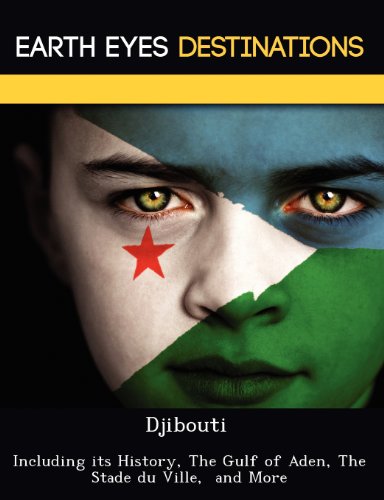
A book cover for Djibouti: Including its History, The Gulf of Aden, The Stade du Ville,  and More; Renee Browning; Travel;